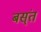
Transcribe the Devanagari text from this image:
बस्ंत